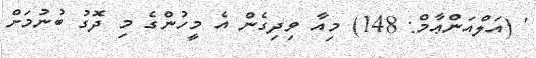
' (އަލްއަންޢާމް: 148) މިއާ ވިދިގެން އެ މީހުންގެ މި ދޮގު ބުނުމަށް